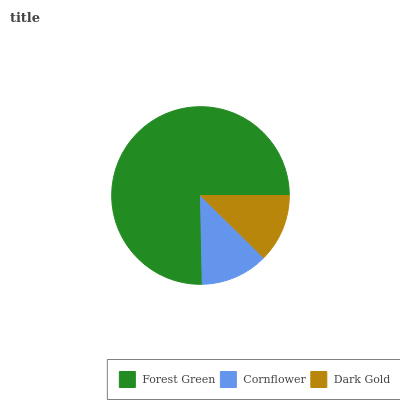
| Forest Green | Cornflower | Dark Gold |
 | --- | --- | --- |
 | 75.3% | 12.3% | 12.4% |